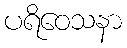
ပရိဝေသနာ